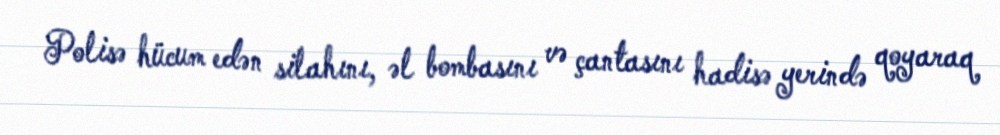
Polisə hücum edən silahını, əl bombasını və çantasını hadisə yerində qoyaraq